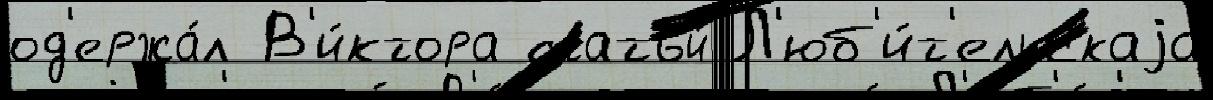
од'ержа́л В'и́ктора статьи́ Л'юб'и́т'ельскаjа